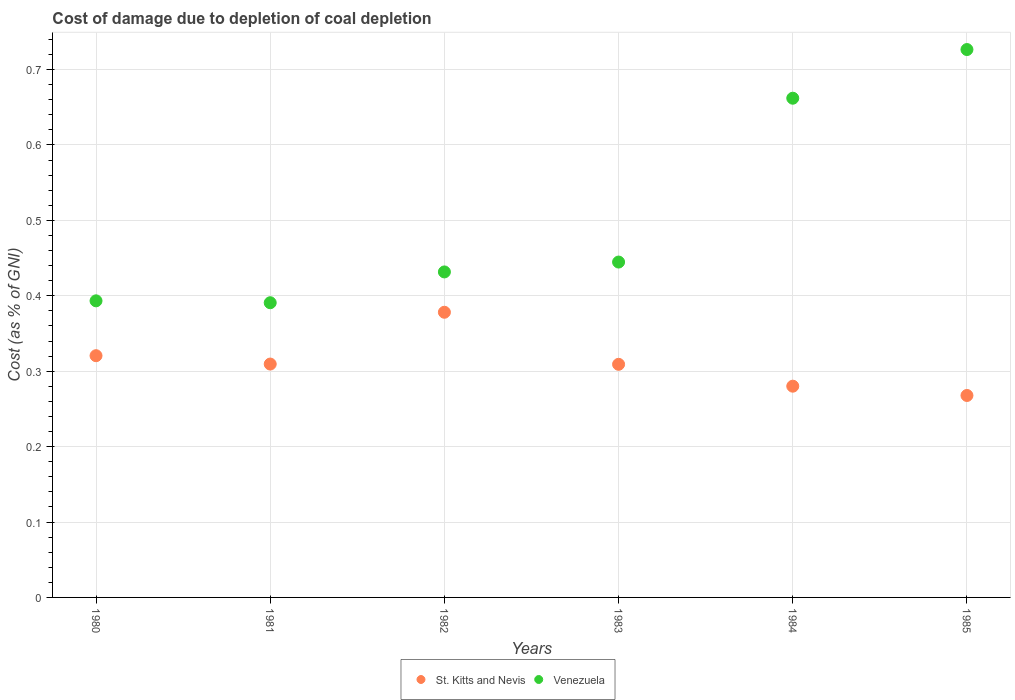
| Years | St. Kitts and Nevis | Venezuela |
 | --- | --- | --- |
 | 1980 | 0.321 | 0.393 |
 | 1981 | 0.309 | 0.391 |
 | 1982 | 0.378 | 0.432 |
 | 1983 | 0.309 | 0.445 |
 | 1984 | 0.28 | 0.662 |
 | 1985 | 0.268 | 0.726 |